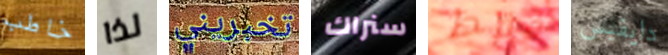
خاطب لذا تخبريني سنراك فقط دايفيس